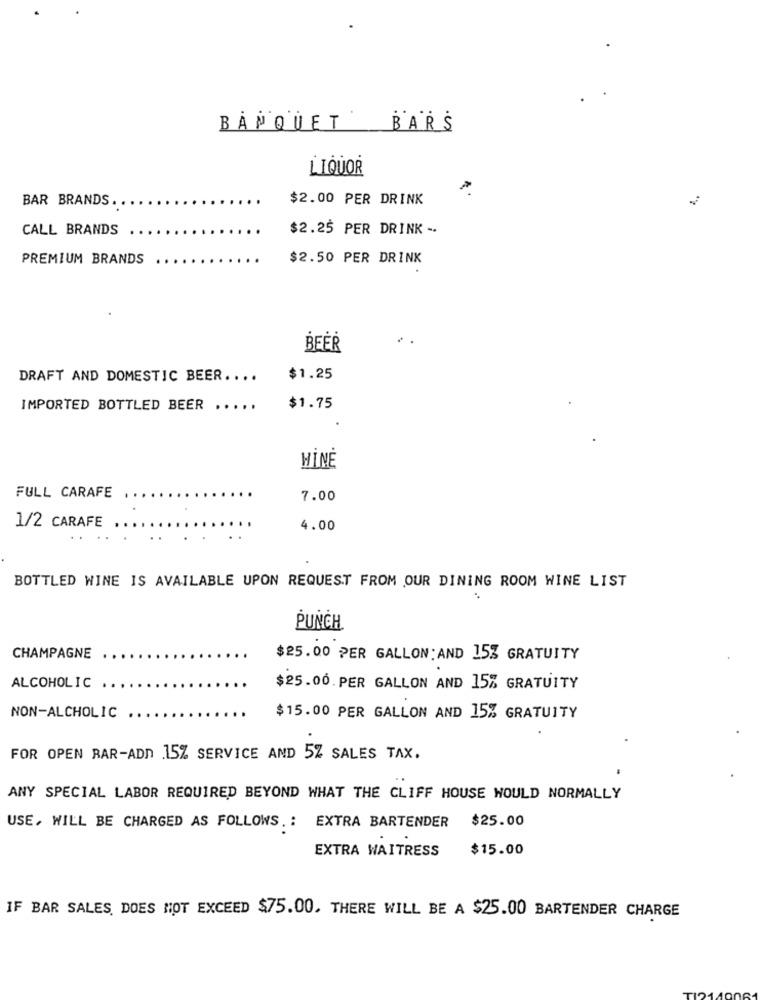
BANQUET
BARS
LIQUOR
BAR BRANDS.
$2.00 PER DRINK
CALL BRANDS
$2.25 PER DRINK -.
PREMIUM BRANDS
$2.50 PER DRINK
DRAFT AND DOMESTIC BEER ....
$1.25
IMPORTED BOTTLED BEER .....
$1.75
HİNÉ
FULL CARAFE
7.00
1/2 CARAFE
4.00
BOTTLED WINE IS AVAILABLE UPON REQUEST FROM OUR DINING ROOM WINE LIST
PUNCH
CHAMPAGNE
$25.00 PER GALLON: AND 153 GRATUITY
ALCOHOLIC ..
$25.00 PER GALLON AND 15% GRATUITY
NON-ALCHOLIC
$15.00 PER GALLON AND 15% GRATUITY
FOR OPEN RAR-ADD 15% SERVICE AND 5% SALES TAX.
ANY SPECIAL LABOR REQUIRED BEYOND WHAT THE CLIFF HOUSE WOULD NORMALLY
$25.00
USE, WILL BE CHARGED AS FOLLOWS. : EXTRA BARTENDER
EXTRA WAITRESS
$15.00
IF BAR SALES, DOES NOT EXCEED $75.00. THERE WILL BE A $25.00 BARTENDER CHARGE